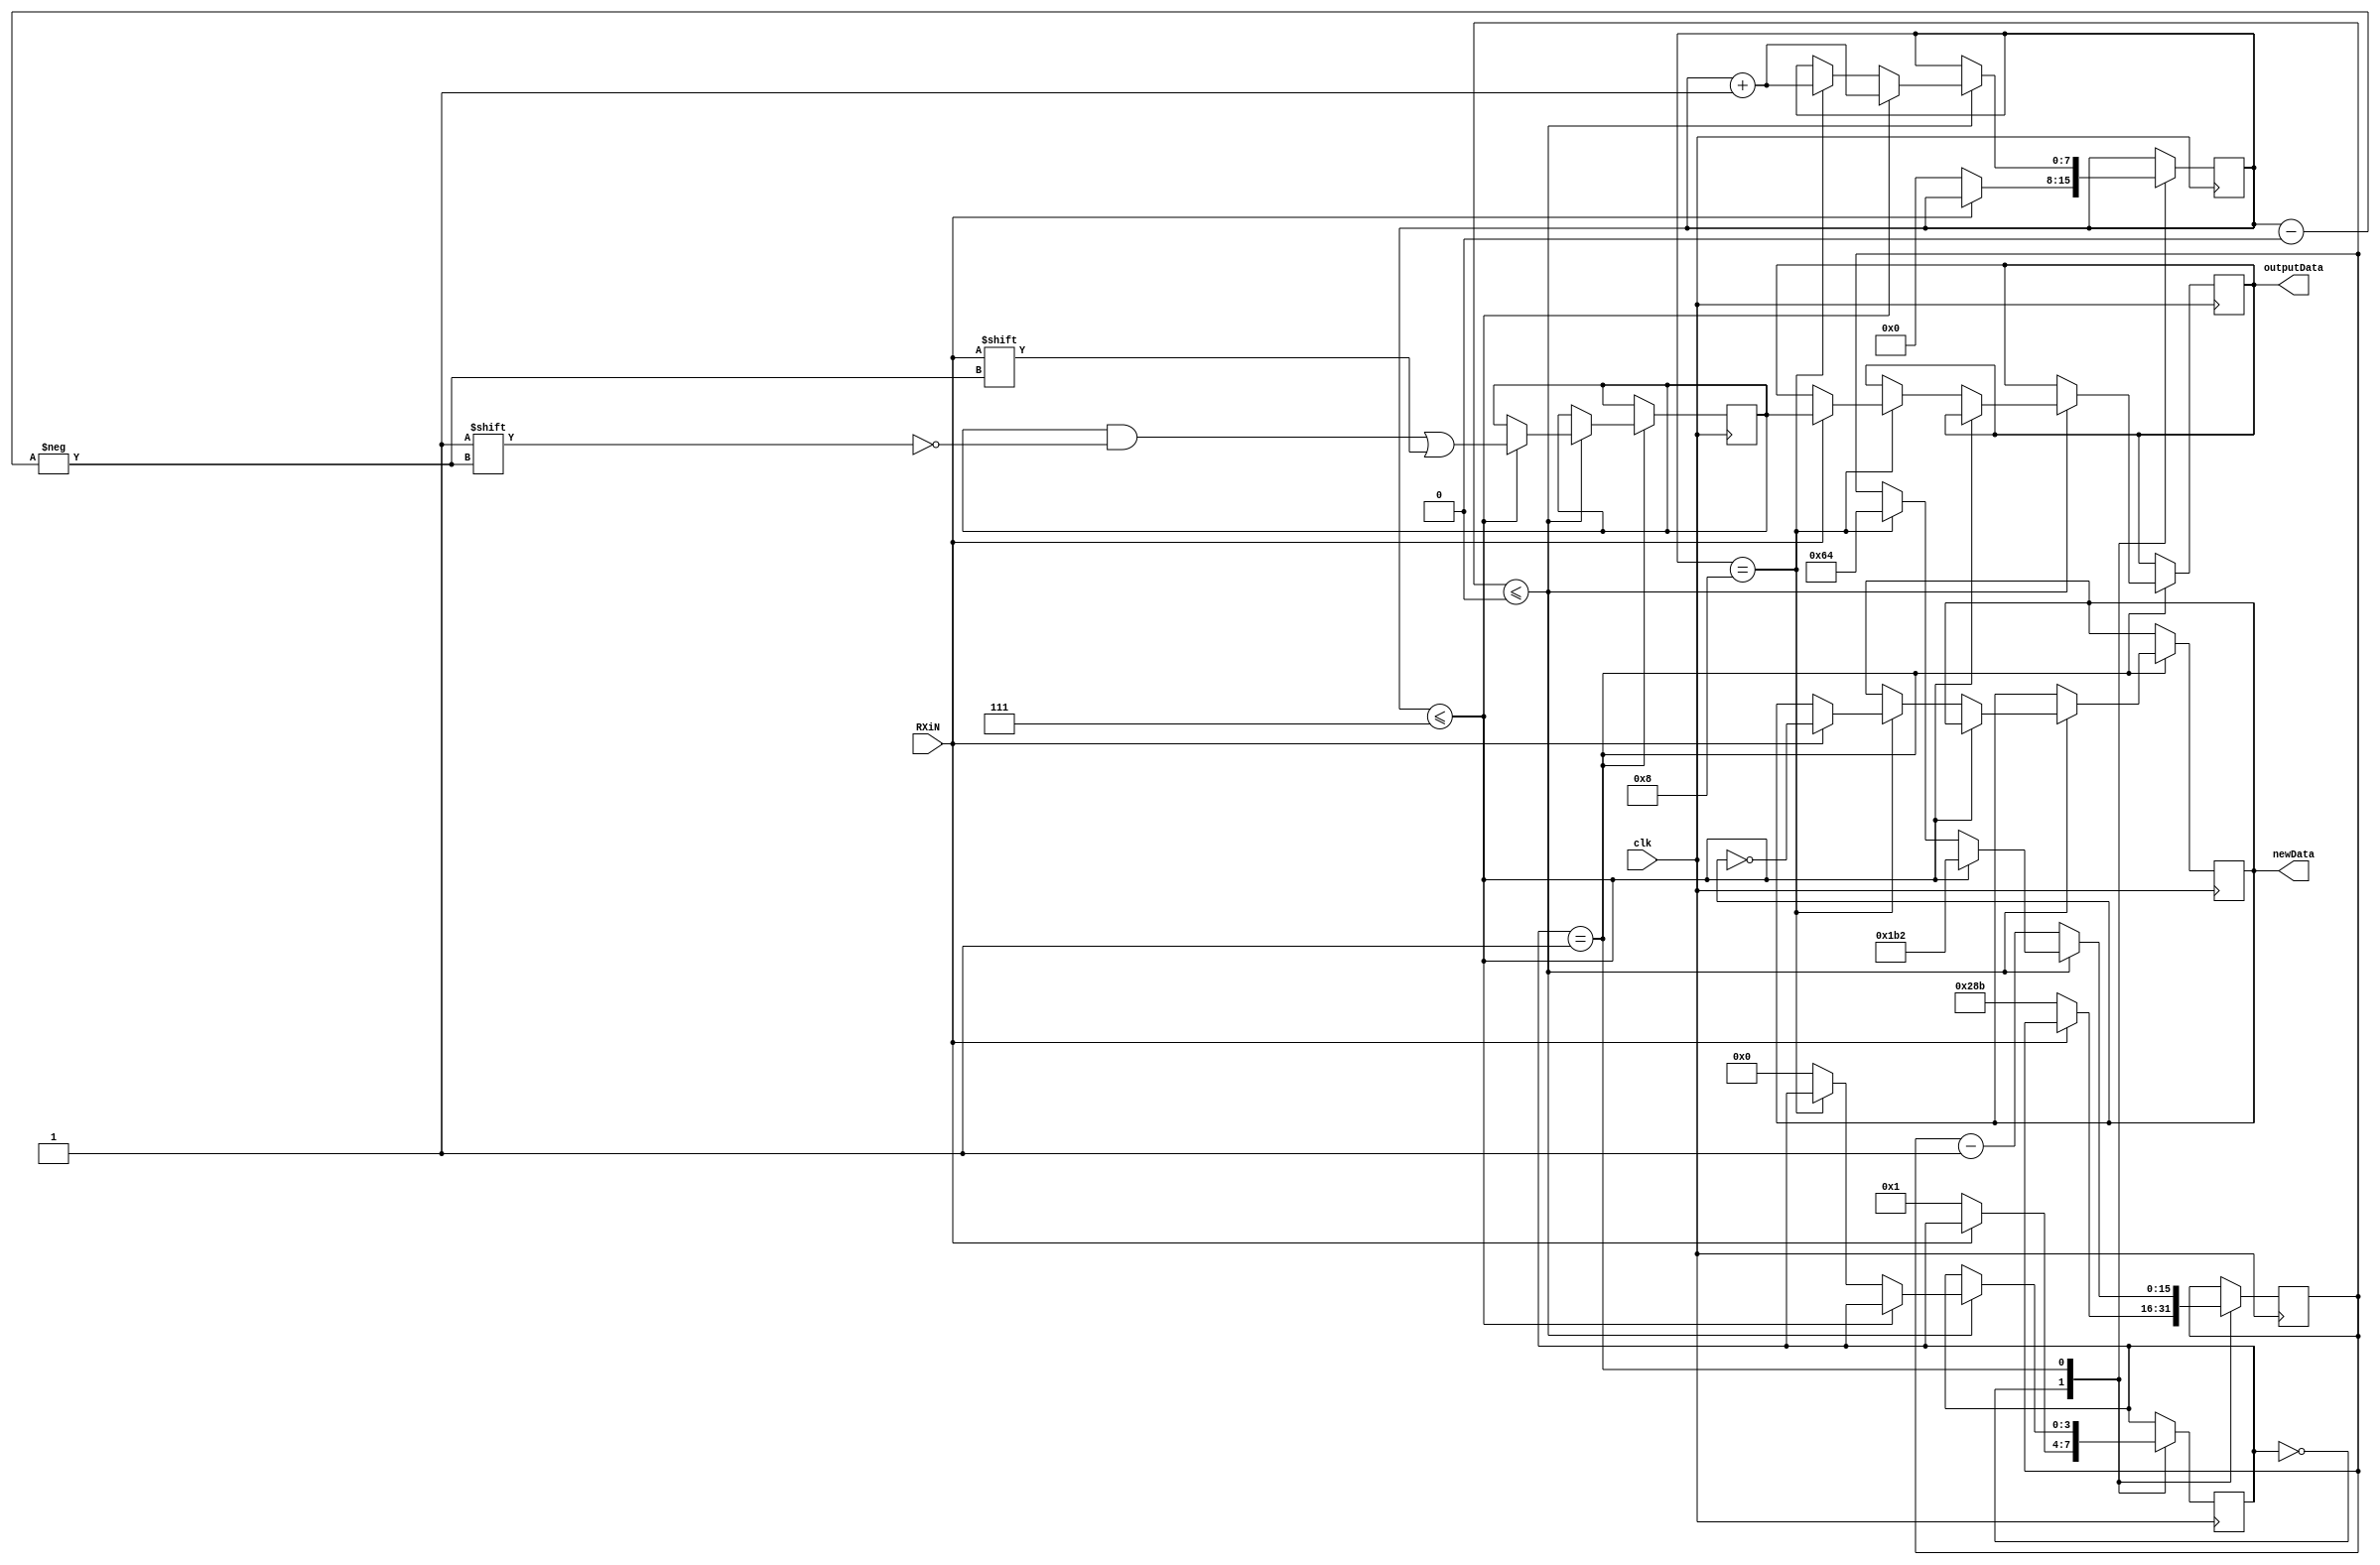
module UART (output reg[7:0]outputData,output reg newData,input RXiN,input clk);
	
localparam pulses115200=434;
localparam pulses115200With5=651;
localparam pulses115200With52=100; //Wait after the stop bit 

localparam pulses9600=5208;
localparam pulses9600With5=7812;
localparam pulses9600With52=2500; //Wait after the stop bit 

reg[3:0]state;

localparam waiting=4'd0,data=4'd1;

reg[15:0]timeForNextBit;

reg[7:0]dataBitCounter;

reg[7:0]buffer;

wire RX;
assign RX=RXiN;
//SMALLDebouncer deb(clk,RXiN,RX);

	
always@(posedge clk)
begin
		//outputData=state;
	
		case (state)
		
		
			waiting:  //On each tick we look for the incoming signal
			begin
				if(RX==1'b0)
				begin
					state=data;
					timeForNextBit=pulses115200With5; 
					dataBitCounter=0;	
				end
			end
			
			data:				
			begin
				if(timeForNextBit<=0)
				begin
					if(dataBitCounter<=16'd7)
					begin
						buffer[dataBitCounter]=RX;
						dataBitCounter=dataBitCounter+1;
						
						timeForNextBit=pulses115200;
					end
					else if(dataBitCounter==16'd8)
					begin
						if(RX==1'b1)  //Successful stop
						begin
							outputData=buffer;
							newData=!newData;
						end	
						dataBitCounter=dataBitCounter+1;
						timeForNextBit=pulses115200With52;
					end
					else
					begin
						state=waiting;
					end
				end
				else
				begin
					timeForNextBit=timeForNextBit-16'd1;
				end			
			end	
		
		endcase

end


endmodule